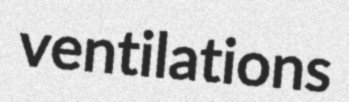
ventilations